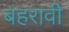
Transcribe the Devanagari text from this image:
बहरावी